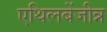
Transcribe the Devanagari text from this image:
एथिलबेंजीन्न